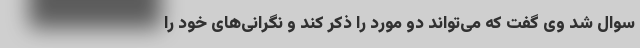
سوال شد وی گفت که می‌تواند دو مورد را ذکر کند و نگرانی‌های خود را